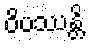
ဝိပဿန္တိ